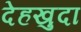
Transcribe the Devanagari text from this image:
देहखुदा